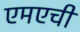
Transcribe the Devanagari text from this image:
एमएची